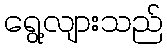
ရွေ့လျားသည်